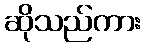
ဆိုသည်ကား